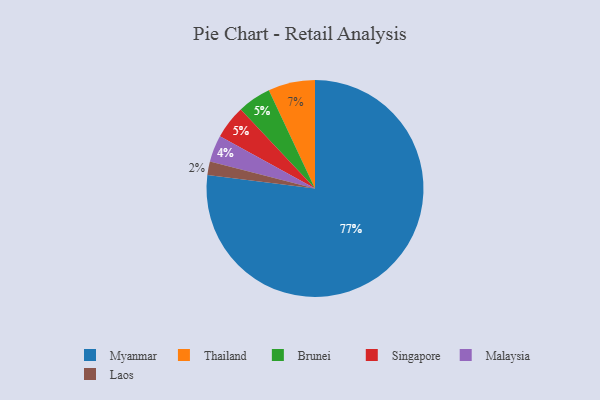
{"axis": {"x": "Category", "y": "Percentage"}, "legend": ["Brunei", "Laos", "Malaysia", "Myanmar", "Singapore", "Thailand"], "data": [{"x": "Thailand", "y": 7, "type": "Thailand"}, {"x": "Laos", "y": 2, "type": "Laos"}, {"x": "Brunei", "y": 5, "type": "Brunei"}, {"x": "Myanmar", "y": 77, "type": "Myanmar"}, {"x": "Malaysia", "y": 4, "type": "Malaysia"}, {"x": "Singapore", "y": 5, "type": "Singapore"}]}